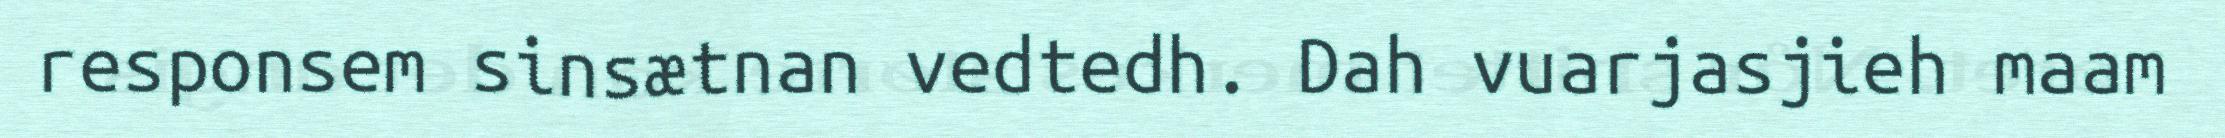
responsem sinsætnan vedtedh. Dah vuarjasjieh maam